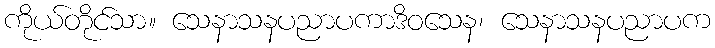
ကိုယ်တိုင်သာ။ သေနာသနပညာပကာဒိဝသေန၊ သေနာသနပညာပက